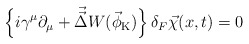
\begin{align*}\left\{i\gamma^\mu\partial_\mu+\vec{\vec{\Delta}}W(\vec{\phi}_{\rm K}) \right\}\delta_{F}\vec{\chi}(x,t)=0\end{align*}